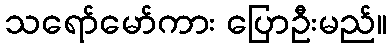
သရော်မော်ကား ပြောဦးမည်။